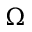
\Omega